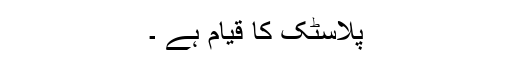
پلاسٹک کا قیام ہے ۔